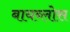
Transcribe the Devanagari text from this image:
बायब्लोस